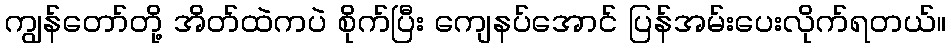
ကျွန်တော်တို့ အိတ်ထဲကပဲ စိုက်ပြီး ကျေနပ်အောင် ပြန်အမ်းပေးလိုက်ရတယ်။